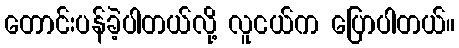
တောင်းပန်ခဲ့ပါတယ်လို့ လူငယ်က ပြောပါတယ်။